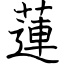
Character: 蓮